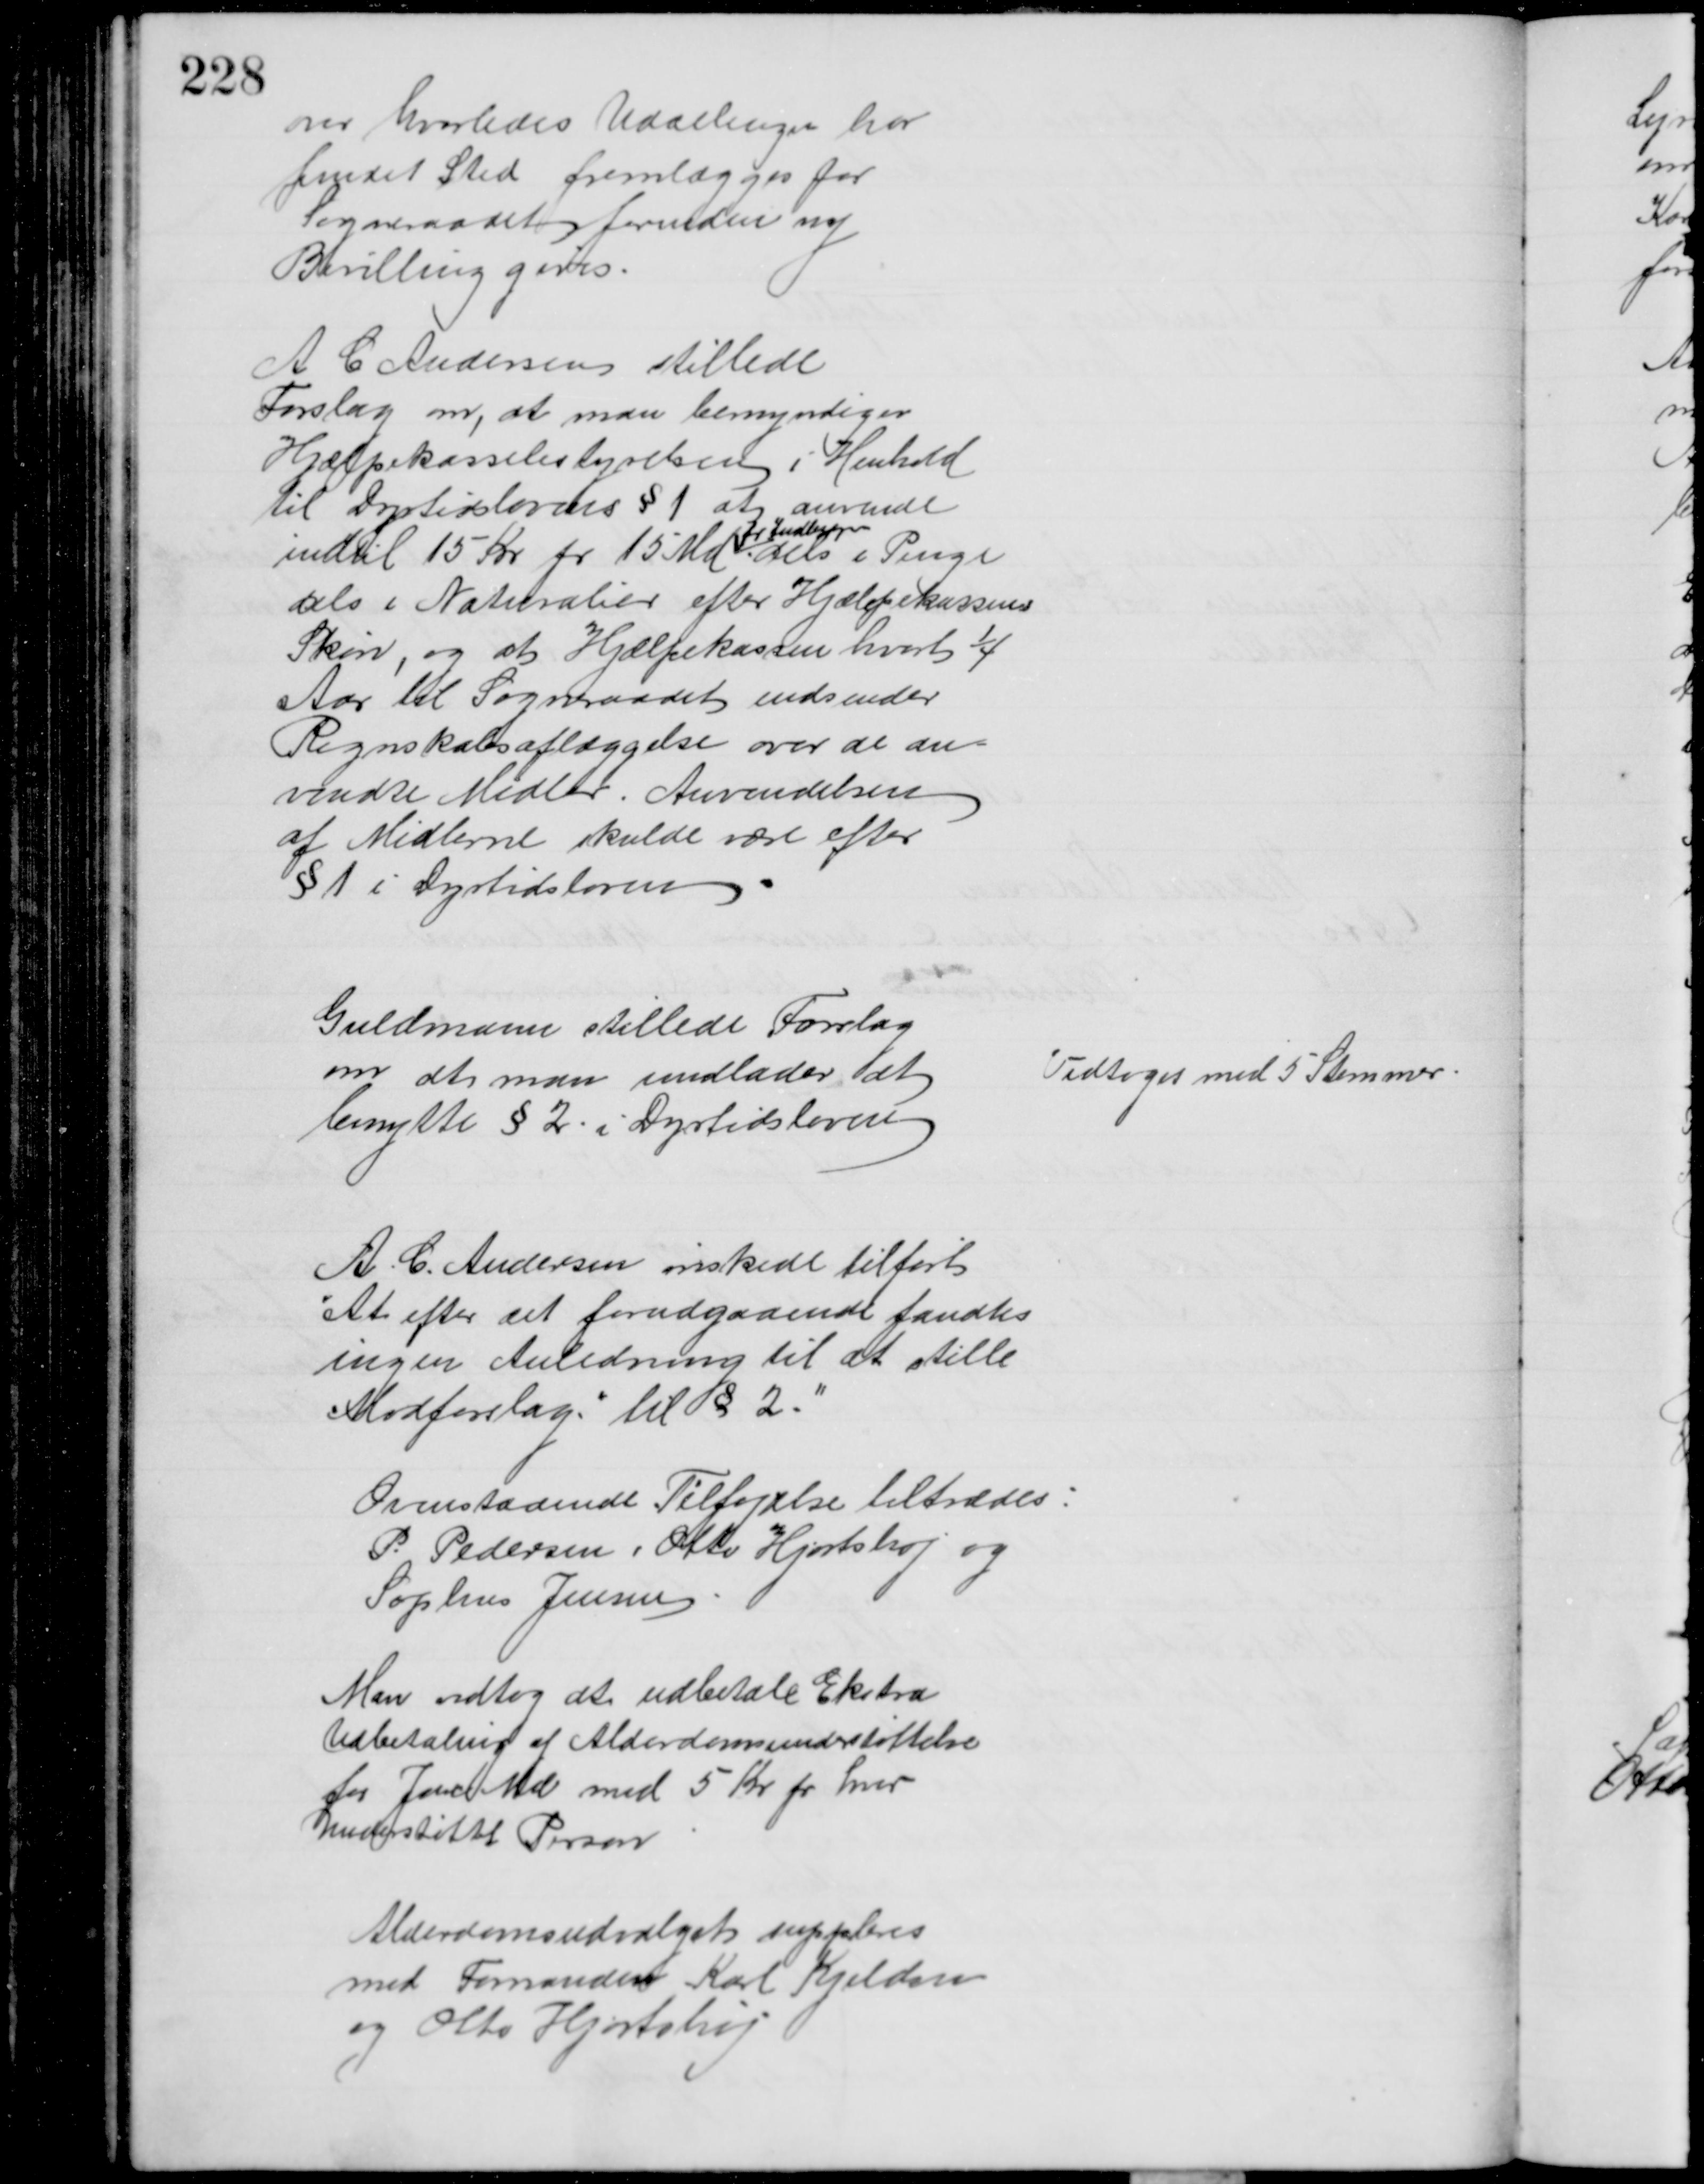
Transskription:
om hvorledes Uddelingen har
fundet Sted fremlægges for
Sogneraadet forinden ny
Bevilling gives
A. C. Andersen stillede
Forslag om, at man bemyndiger
Hjælpekassebestyrelsen i Henhold
til Dyrtidslovens § 1 at anvende
indtil 15 Kr pr 15 Md
pr Indbygger
dels i Penge
dels i Naturalier efter Hjælpekassens
Skøn, og at Hjælpekassen hvert ¼ 
Aar til Sogneraadet indsender
Regnskabsaflæggelse over de an- 
vendte Midler. Anvendelsen
af Midlerne skulde være efter
§ 1 i Dyrtidsloven
Guldmann stillede Forslag
om at man undlader at
benytte § 2 i Dyrtidsloven
Vedtoges med 5 Stemmer
A. C. Andersen ønskede tilført
"At efter det forudgaaende fandtes
ingen Anledning til at stille
Modforslag til § 2."
Ovenstaaende Tilføjelse tiltrædes:
P. Pedersen, Otto Hjortshøj og
Sophus Jensen
Man vedtog at udbetale Ekstra
Udbetaling af Alderdomsunderstøttelse 
for Janr Md med 5 Kr pr hver
understøttet Person
Alderdomsudvalgets suppleres
med Formanden Karl Kjeldsen
og Otto Hjortshøj